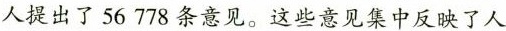
人提出了56 778条意见。这些意见集中反映了人